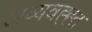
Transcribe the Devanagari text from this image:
अव्यवह्ह्त